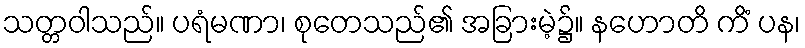
သတ္တဝါသည်။ ပရံမဏာ၊ စုတေသည်၏ အခြားမဲ့၌။ နဟောတိ ကိံ ပန၊